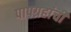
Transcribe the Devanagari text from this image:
पापग्रहांची